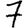
Digit: 7